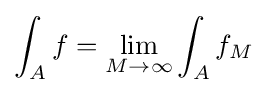
\int _{A}f=\lim _{M\to \infty }\int _{A}f_{M}